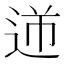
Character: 𨒾